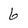
Character: 6